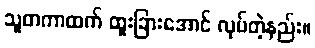
သူတကာထက် ထူးခြားအောင် လုပ်တဲ့နည်း။